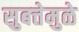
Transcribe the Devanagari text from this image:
सुबत्तेमुळे